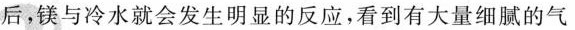
后，镁与冷水就会发生明显的反应，看到有大量细腻的气